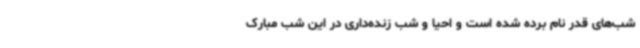
شب‌های قدر نام برده شده است و احیا و شب زنده‌داری در این شب مبارک